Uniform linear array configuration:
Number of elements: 24
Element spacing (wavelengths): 0.5
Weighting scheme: uniform
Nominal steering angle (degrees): -60
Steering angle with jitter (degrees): -61.786
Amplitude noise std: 0.05
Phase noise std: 0.05

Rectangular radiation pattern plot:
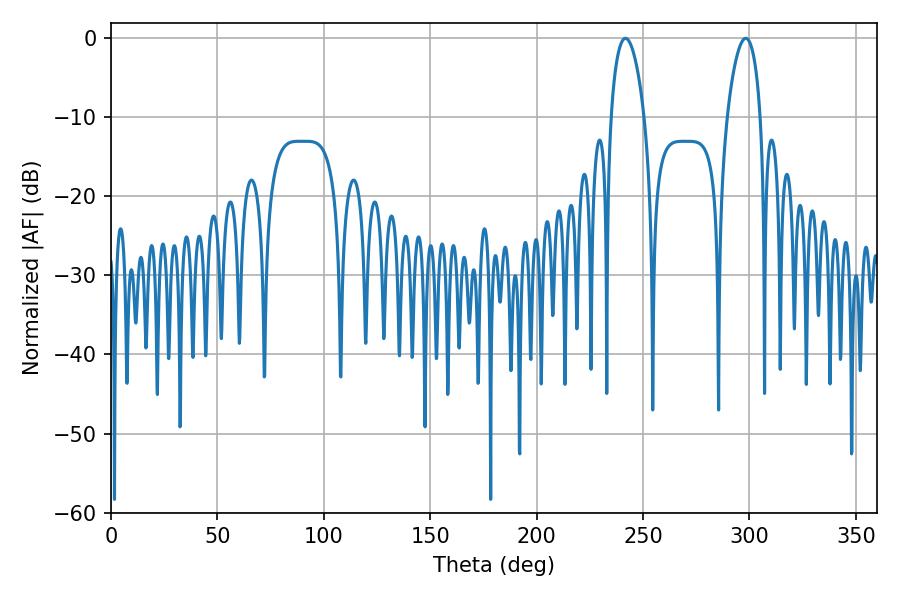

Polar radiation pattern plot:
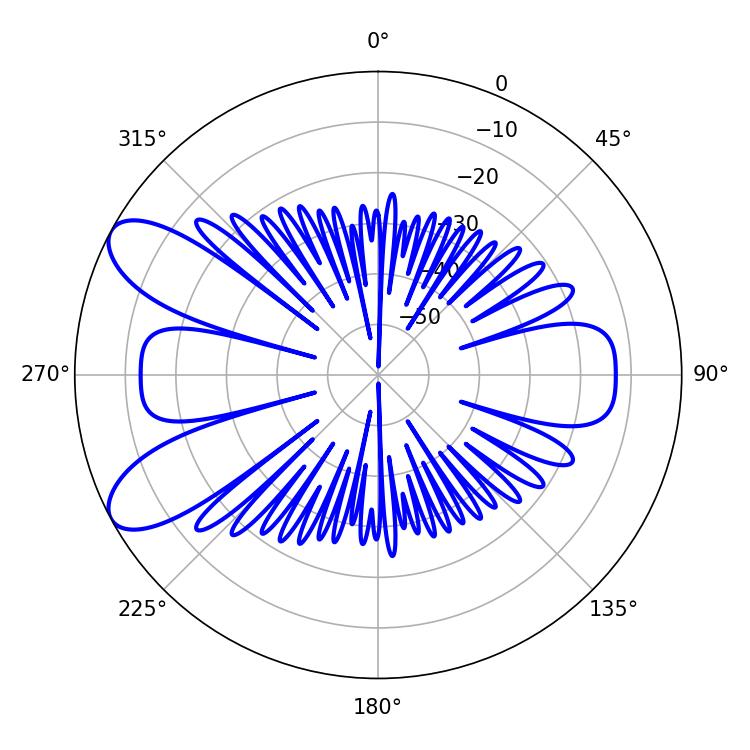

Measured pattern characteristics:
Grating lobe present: FALSE
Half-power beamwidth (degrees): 8.82
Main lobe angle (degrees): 241.74